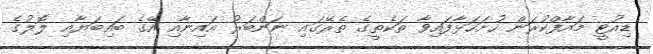
ޑިއުޓީ މައާފްކުރަން ހުށަހަޅާފައިވާ ތަކެތީގެ ތެރޭގައި ނަންބަރު އައިނާއި އޭގެ ބައިބަޔާއި ލޮލުގެ